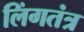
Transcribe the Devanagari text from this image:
लिंगतंत्र